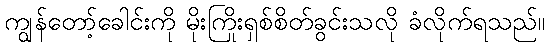
ကျွန်တော့်ခေါင်းကို မိုးကြိုးရှစ်စိတ်ခွင်းသလို ခံလိုက်ရသည်။